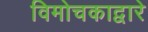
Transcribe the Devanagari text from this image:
विमोचकाद्वारे